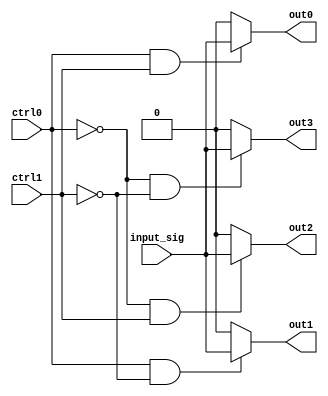
module demux2to4 (
    input wire ctrl0,
    input wire ctrl1,
    input wire input_sig,
    output reg out0,
    output reg out1,
    output reg out2,
    output reg out3
);

always @(*)
begin
    out0 = (ctrl0 & ctrl1) ? input_sig : 1'b0;
    out1 = (ctrl0 & ~ctrl1) ? input_sig : 1'b0;
    out2 = (~ctrl0 & ctrl1) ? input_sig : 1'b0;
    out3 = (~ctrl0 & ~ctrl1) ? input_sig : 1'b0;
end

endmodule